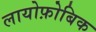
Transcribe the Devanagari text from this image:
लायोफ़ोबिक